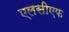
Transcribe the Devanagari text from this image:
एलसीएफ